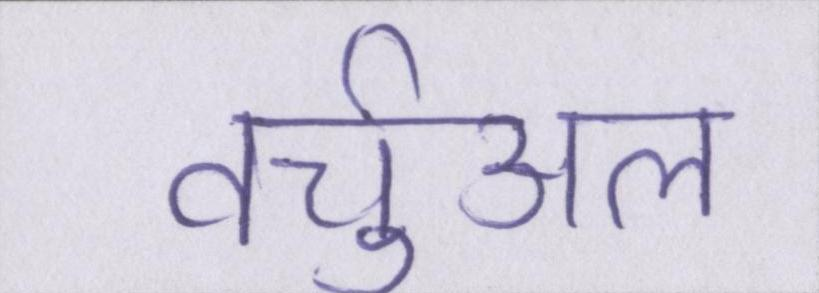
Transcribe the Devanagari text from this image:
वर्चुअल